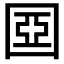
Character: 𡈀